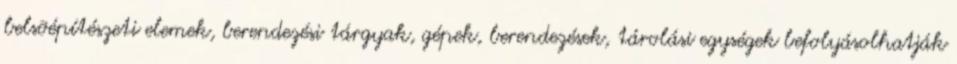
belsõépítészeti elemek, berendezési tárgyak, gépek, berendezések, tárolási egységek befolyásolhatják